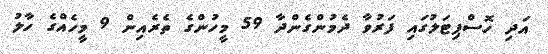
އަދި ހޮސްޕިޓަލުގައި ފަރުވާ ދެމުންގެންދާ 59 މީހުންގެ ތެރެއިން 9 މީހެއްގެ ހާލު